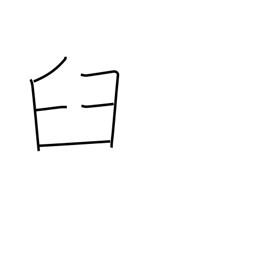
Meaning: mortar